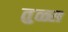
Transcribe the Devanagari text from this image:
तुळ्स